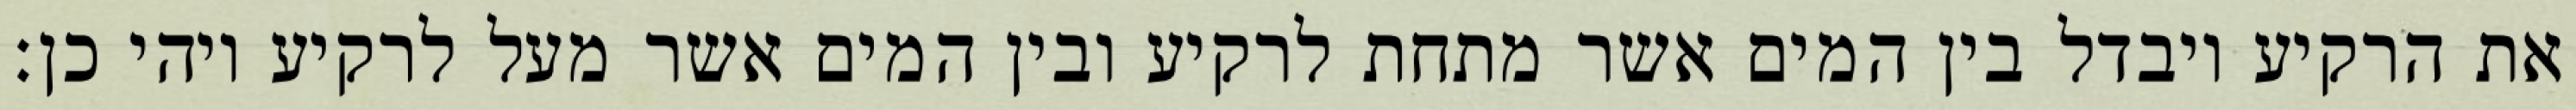
את הרקיע ויבדל בין המים אשר מתחת לרקיע ובין המים אשר מעל לרקיע ויהי כן׃